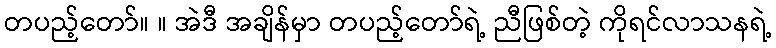
တပည့်တော်။ ။ အဲဒီ အချိန်မှာ တပည့်တော်ရဲ့ ညီဖြစ်တဲ့ ကိုရင်လာသနရဲ့